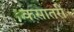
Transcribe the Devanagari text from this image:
कसातरी